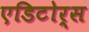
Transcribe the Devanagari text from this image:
एडिटोर्स